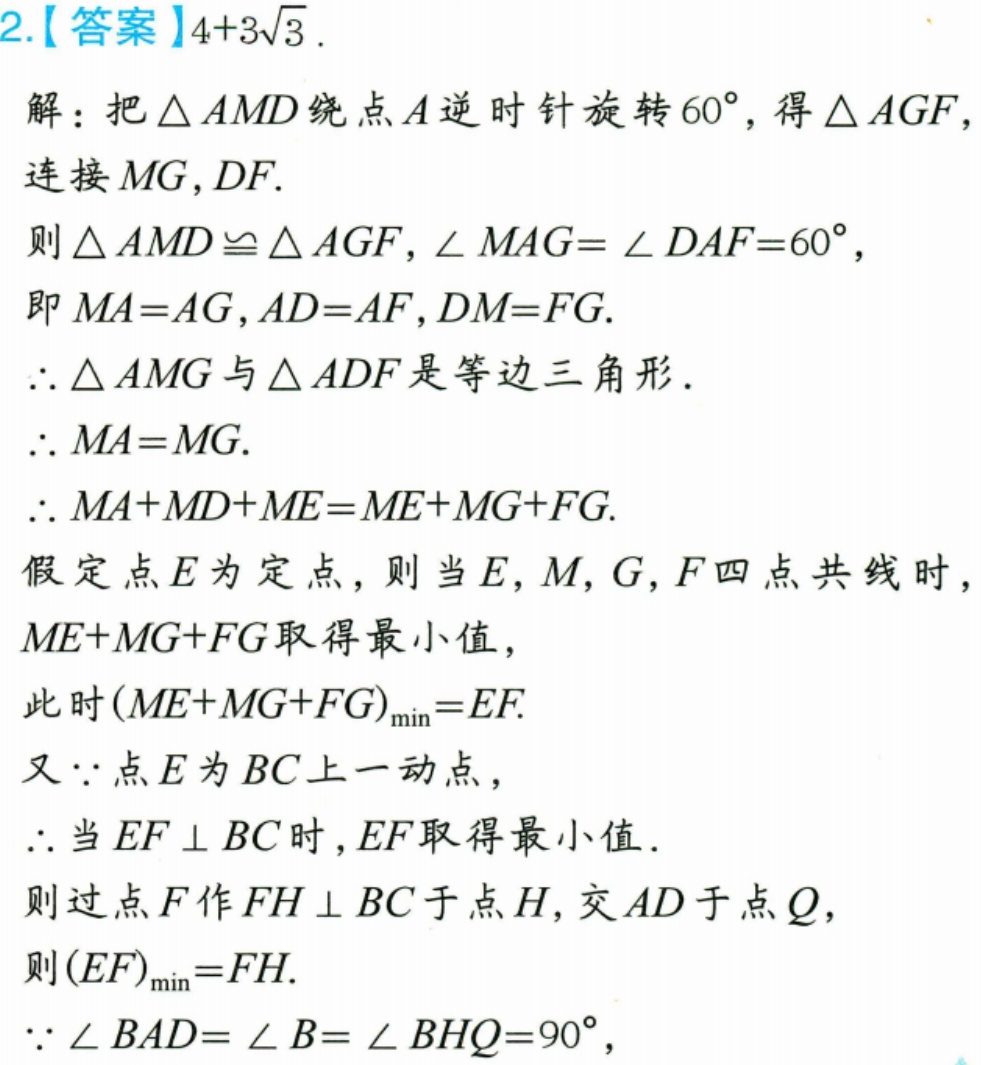
2.【答案】$4 + 3\sqrt{3}$.
解：把$\triangle AMD$绕点$A$逆时针旋转$60^{\circ}$，得$\triangle AGF$，连接$MG,DF$.
则$\triangle AMD\cong\triangle AGF$，$\angle MAG=\angle DAF = 60^{\circ}$，
即$MA = AG$，$AD = AF$，$DM = FG$.
$\therefore\triangle AMG$与$\triangle ADF$是等边三角形.
$\therefore MA = MG$.
$\therefore MA+MD+ME=ME+MG+FG$.
假定点$E$为定点，则当$E,M,G,F$四点共线时，$ME+MG+FG$取得最小值，
此时$(ME + MG+FG)_{\min}=EF$.
又$\because$点$E$为$BC$上一动点，
$\therefore$当$EF\perp BC$时，$EF$取得最小值.
则过点$F$作$FH\perp BC$于点$H$，交$AD$于点$Q$，
则$(EF)_{\min}=FH$.
$\because\angle BAD=\angle B=\angle BHQ = 90^{\circ}$，